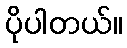
ပိုပါတယ်။